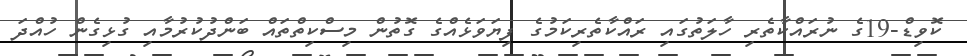
ކޮވިޑް-19ގެ ނުރައްކާތެރި ހާލަތުގައި ރައްކާތެރިކަމުގެ ފިޔަވަޅެއްގެ ގޮތުން މިސްކިތްތައް ބަންދުކުރުމާއި ގުޅިގެން ހުއްދަ